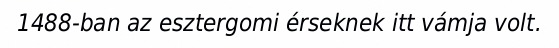
1488-ban az esztergomi érseknek itt vámja volt.